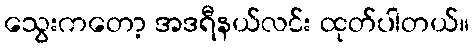
သွေးကတော့ အဒရီနယ်လင်း ထုတ်ပါတယ်။